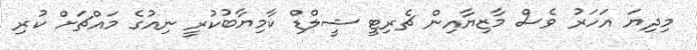
މިދިޔަ އަހަރު ވެސް މާޒިޔާއިން ޗެރިޓީ ޝީލްޑް ކާމިޔާބުކުރީ ނިއުގެ މައްޗަށް ކުރި